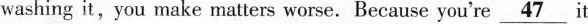
washing it,you make matters worse. Because you're \underline{47} it